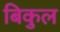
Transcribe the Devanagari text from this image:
बिकुल